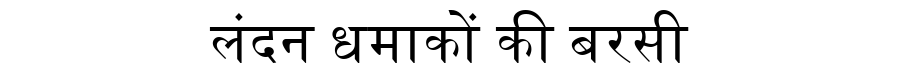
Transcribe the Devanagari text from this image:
लंदन धमाकों की बरसी